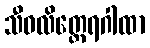
သီဝလိတ္ထေရဂါထာ